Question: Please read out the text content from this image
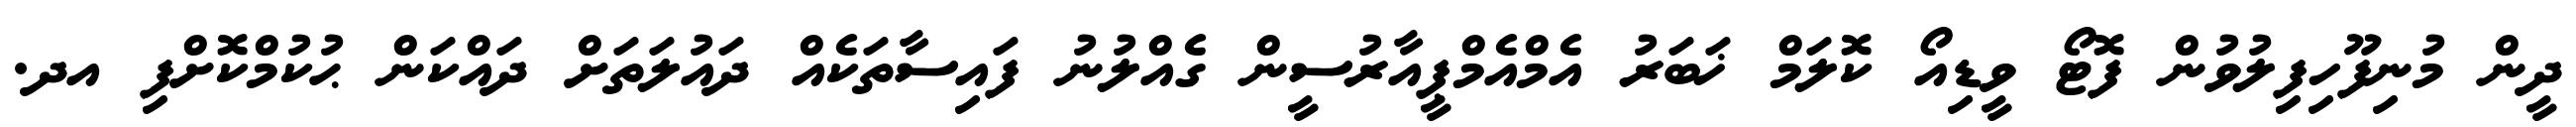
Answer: ދީން މުނިފޫހިފިލުވުން ފޮޓޯ ވީޑިއޯ ކޮލަމް ޚަބަރު އެމްއެމްޕީއާރުސީން ގެއްލުނު ފައިސާތަކެއް ދައުލަތަށް ދައްކަން ޙުކުމްކޮށްފި އދ.